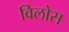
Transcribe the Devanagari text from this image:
विलोस